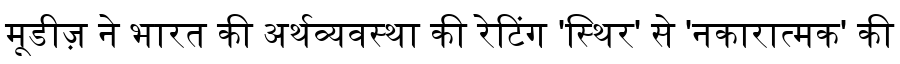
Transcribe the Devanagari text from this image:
मूडीज़ ने भारत की अर्थव्यवस्था की रेटिंग 'स्थिर' से 'नकारात्मक' की